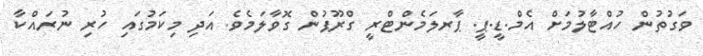
ވަގުތުން ހުއްޓާލުމަށް އެމް.ޑީ.ޕީ. ޕާރލަމެންޓްރީ ގްރޫޕުން ގޮވާލަމެވެ. އަދި މިކަމުގައި ހުރި ނުރައްކާ